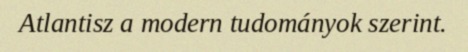
Atlantisz a modern tudományok szerint.